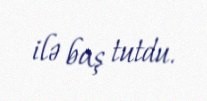
ilə baş tutdu.